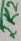
Text: 2K2